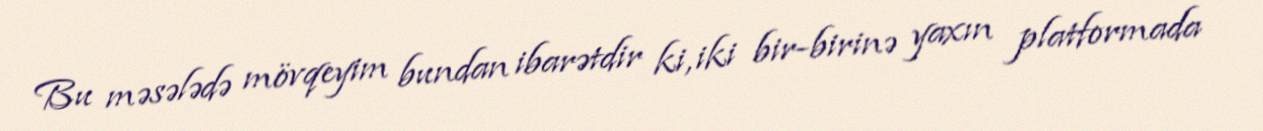
Bu məsələdə mövqeyim bundan ibarətdir ki, iki bir-birinə yaxın platformada